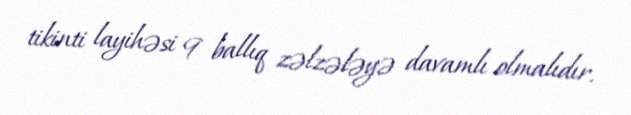
tikinti layihəsi 9 ballıq zəlzələyə davamlı olmalıdır.